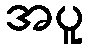
အပူ